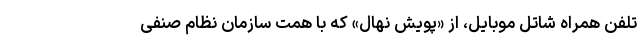
تلفن همراه شاتل موبایل، از «پویش نهال» که با همت سازمان نظام صنفی